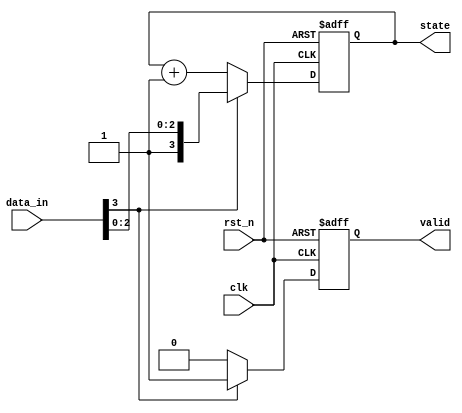
module example_sequential_logic (
    input wire clk,          // Clock input
    input wire rst_n,       // Active low reset
    input wire [3:0] data_in, // 4-bit input data
    output reg [3:0] state, // 4-bit state register
    output reg valid        // Output signal indicating valid state
);

    // State update and output generation on the positive edge of the clock
    always @ (posedge clk or negedge rst_n) begin
        if (!rst_n) begin
            // Asynchronous reset
            state <= 4'b0000; // Initialize state to 0
            valid <= 1'b0;    // Set valid to low
        end else begin
            // State updates based on input data
            if (data_in[3] == 1'b1) begin
                state <= data_in; // Update state with input data if MSB is high
                valid <= 1'b1;     // Set valid to high
            end else begin
                state <= state + 1; // Increment state if MSB is low
                valid <= 1'b0;       // Set valid to low
            end
        end
    end

endmodule